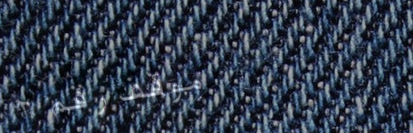
موقف رقم ٢